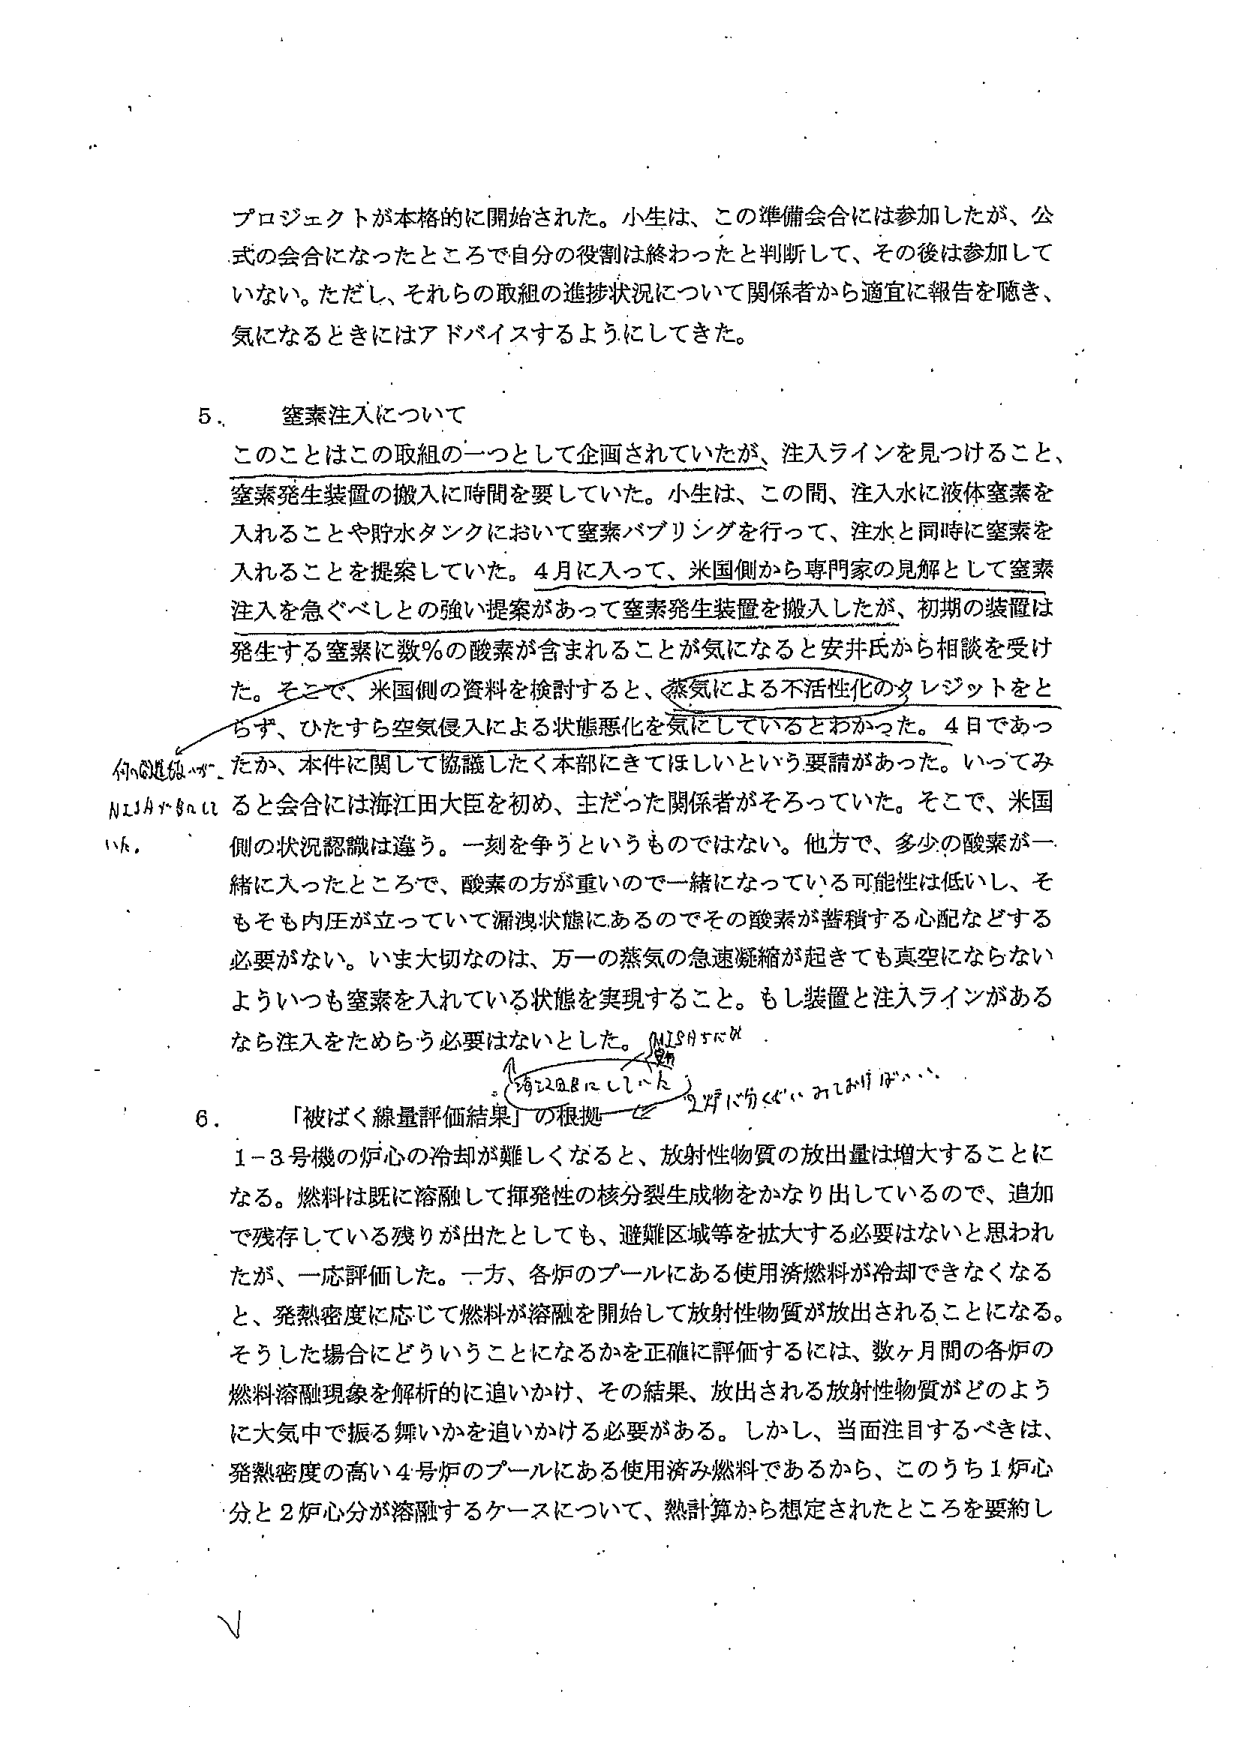
プロジェクトが本格的に開始された。小生は、この準備会合には参加したが、公式的な会合になったところで自分の役割は終わったと判断して、その後は参加していない。ただし、それらの取組の進捗状況について関係者から適宜に報告を聴き、気になるときにはアドバイスするようにしてきた。

5. 窒素注入について

このことはこの取組の一つとして企画されていたが、注入ラインを見つけること、窒素発生装置の搬入に時間を要していた。小生は、この間、注入水に液体窒素を入れることや貯水タンクにおいて窒素バブリングを行って、注水と同時に窒素を入れることを提案していた。4月に入って、米国側から専門家の見解として窒素注入を急ぐべしとの強い提案があって窒素発生装置を搬入したが、初期の装置は発生する窒素に数％の酸素が含まれることが気になると安井氏から相談を受けた。そこで、米国側の資料を検討すると、蒸気による不活性化のクレジットをとらず、ひたすら空気侵入による状態悪化を気にしているとわかった。4日であったか、本件に関して協議したく本部にきてほしいという要請があった。いってみると会合には海江田大臣を初め、主だった関係者がそろっていた。そこで、米国側の状況認識は違う。一刻を争うというものではない。他方で、多少の酸素が一緒に入ったところで、酸素の方が重いので一緒になっている可能性は低いし、そもそも内圧が立っていて漏洩状態にあるのでその酸素が蓄積する心配などする必要がない。いま大切なのは、万一の蒸気の急速凝縮が起きても真空にならないようにいつも窒素を入れている状態を実現すること。もし装置と注入ラインがあるなら注入をためらう必要はないとした。

6. 「被ばく線量評価結果」の根拠

1-3号機の炉心の冷却が難しくなると、放射性物質の放出量は増大することになる。燃料は既に溶融して揮発性の核分裂生成物をかなり出しているので、追加で残存している残りが出たとしても、避難区域等を拡大する必要はないと思われたが、一応評価した。一方、各炉のプールにある使用済燃料が冷却できなくなると、発熱密度に応じて燃料が溶融を開始して放射性物質が放出されることになる。そうした場合にどういうことになるかを正確に評価するには、数ヶ月間の各炉の燃料溶融現象を解析的に追いかけ、その結果、放出される放射性物質がどのように大気中で振る舞いかを追いかける必要がある。しかし、当面注目するべきは、発熱密度の高い4号炉のプールにある使用済み燃料であるから、このうち1炉心分と2炉心分が溶融するケースについて、熱計算から想定されたところを要約し